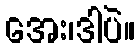
အေး၊ဒါပဲ။